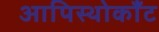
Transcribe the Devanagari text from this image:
आपिस्थोकाँट